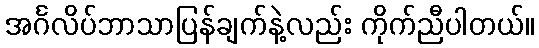
အင်္ဂလိပ်ဘာသာပြန်ချက်နဲ့လည်း ကိုက်ညီပါတယ်။